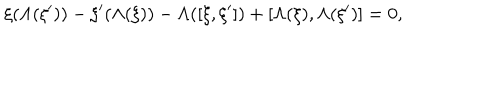
\xi ( \Lambda ( \xi ^ { \prime } ) ) - \xi ^ { \prime } ( \Lambda ( \xi ) ) - \Lambda ( [ \xi , \xi ^ { \prime } ] ) + [ \Lambda ( \xi ) , \Lambda ( \xi ^ { \prime } ) ] = 0 ,